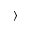
\rangle